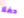
حفلا